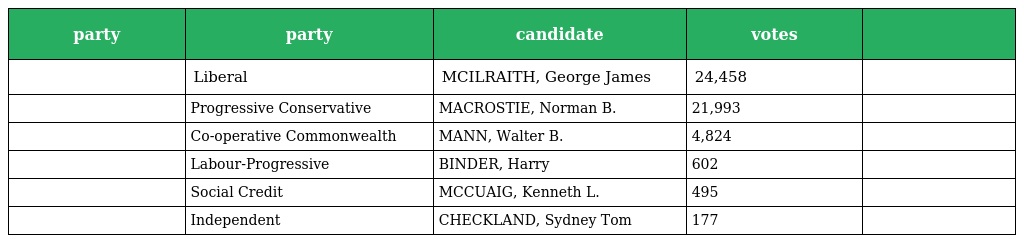
| party | party | candidate | votes |  |
 | --- | --- | --- | --- | --- |
 |  | Liberal | MCILRAITH, George James | 24,458 |  |
 |  | Progressive Conservative | MACROSTIE, Norman B. | 21,993 |  |
 |  | Co-operative Commonwealth | MANN, Walter B. | 4,824 |  |
 |  | Labour-Progressive | BINDER, Harry | 602 |  |
 |  | Social Credit | MCCUAIG, Kenneth L. | 495 |  |
 |  | Independent | CHECKLAND, Sydney Tom | 177 |  |